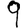
Digit: 9